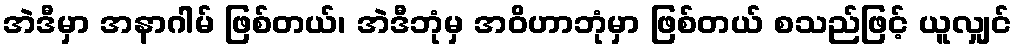
အဲဒီမှာ အနာဂါမ် ဖြစ်တယ်၊ အဲဒီဘုံမှ အဝိဟာဘုံမှာ ဖြစ်တယ် စသည်ဖြင့် ယူလျှင်